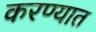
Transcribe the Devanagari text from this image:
करण्यात